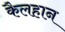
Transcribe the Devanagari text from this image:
कैलहान